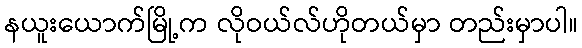
နယူးယောက်မြို့က လိုဝယ်လ်ဟိုတယ်မှာ တည်းမှာပါ။